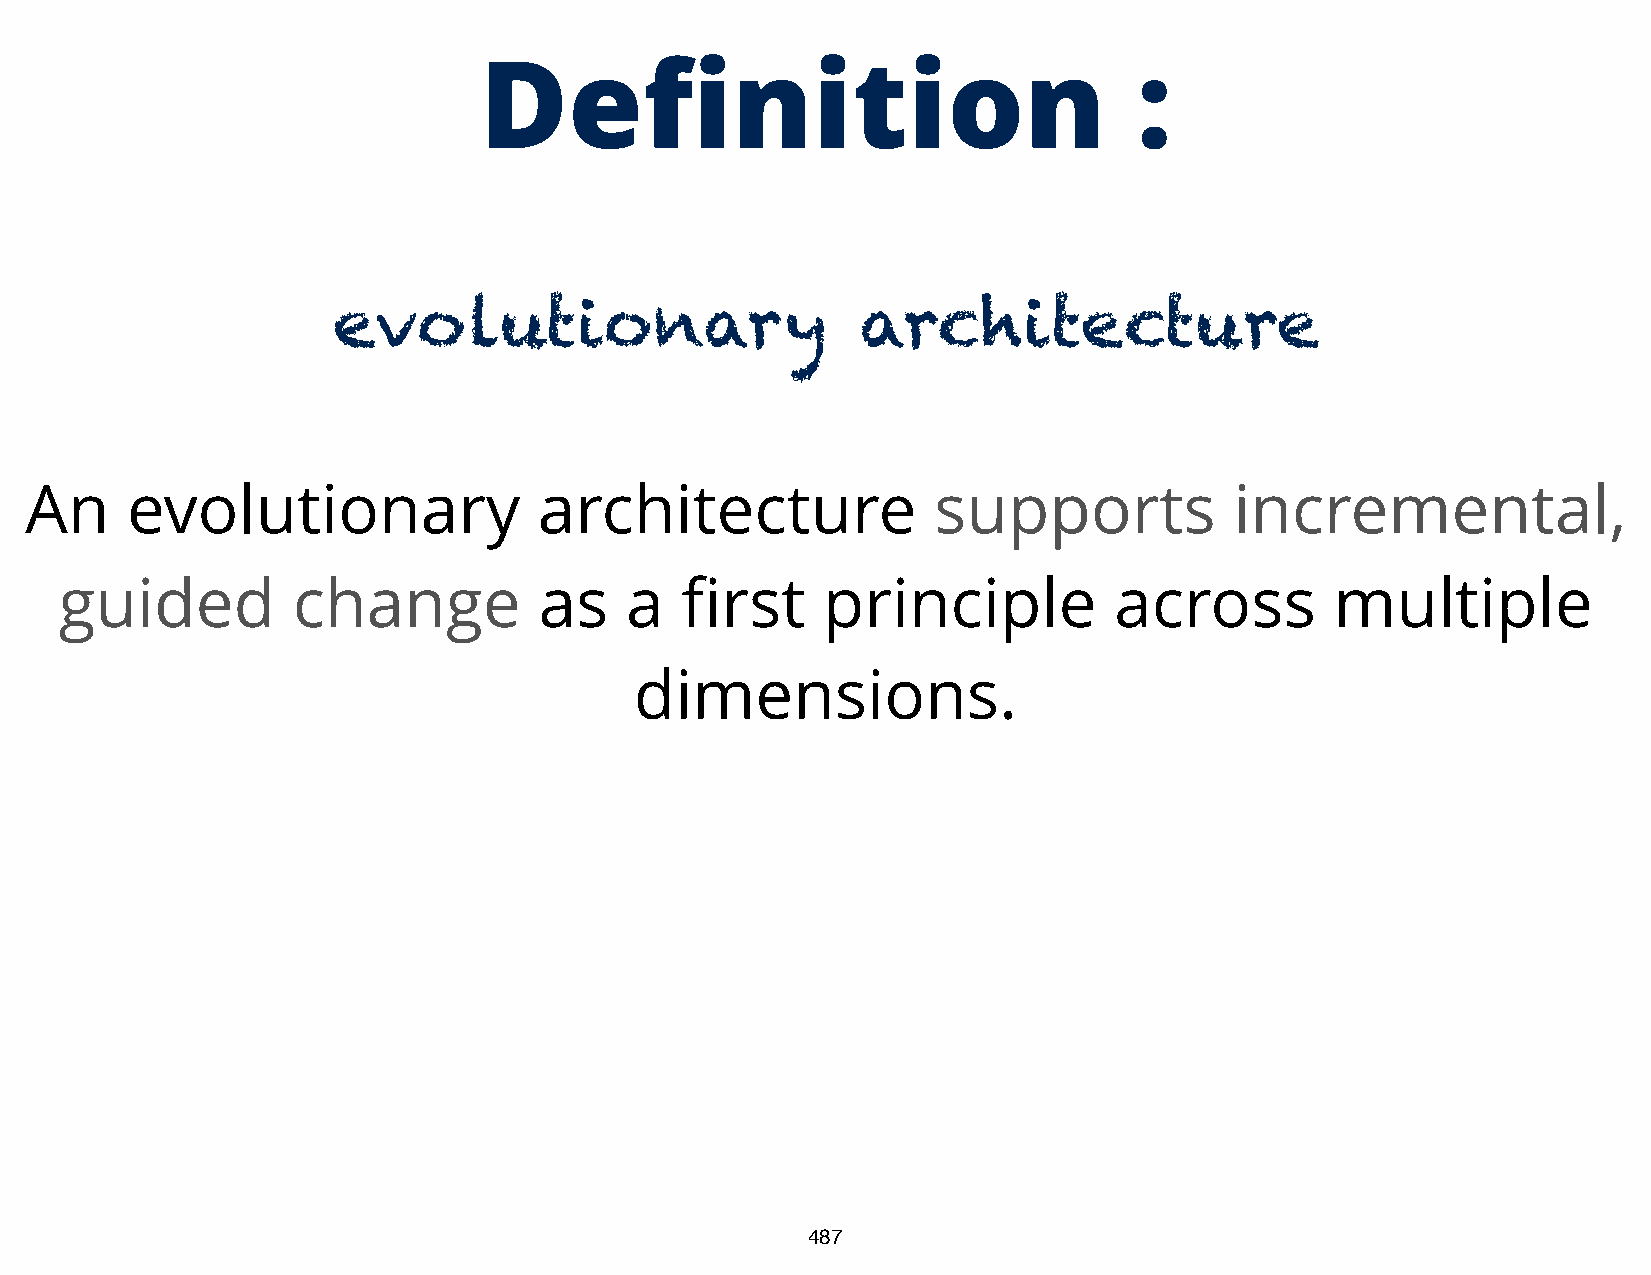
fi
 De              nition                     :
 evolutionary                       architecture
 An    evolutionary                architecture              supports            incremental,
 fi
 guided         change           as   a      rst   principle           across        multiple
 dimensions.
 487